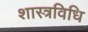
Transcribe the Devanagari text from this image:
शास्त्रविधि